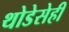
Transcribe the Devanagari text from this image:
थोडेसेही